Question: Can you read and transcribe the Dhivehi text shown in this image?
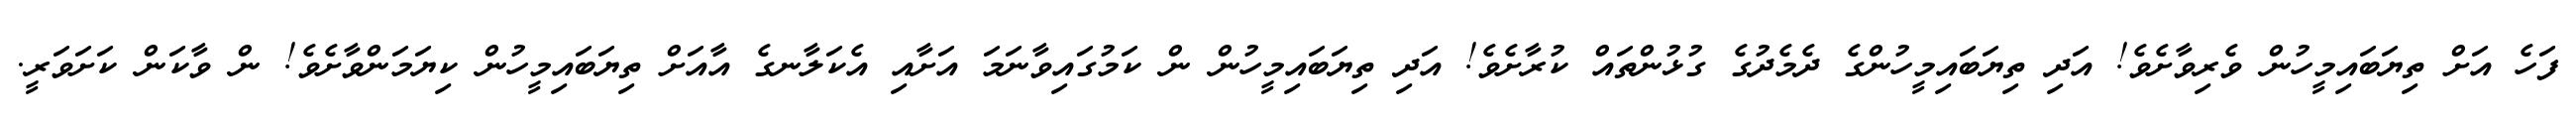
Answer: ފަހެ އަށް ތިޔަބައިމީހުން ވެރިވާށެވެ! އަދި ތިޔަބައިމީހުންގެ ދެމެދުގެ ގުޅުންތައް ކުރާށެވެ! އަދި ތިޔަބައިމީހުން ން ކަމުގައިވާނަމަ އަށާއި އެކަލާނގެ އާއަށް ތިޔަބައިމީހުން ކިޔަމަންވާށެވެ! ން ވާކަން ކަށަވަރީ.